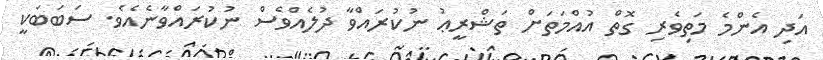
އަދި އެންމެ މަތިވެރި ގޮތް އުއްމަތަށް ތަޝްރީޢު ނުކުރައްވާ ދުލެއްވެސް ނުކުރައްވާނެއެވެ. ސަބަބަކީ